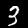
Label: 3